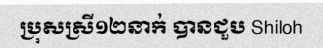
ប្រុសស្រី១២នាក់ បានជួប Shiloh